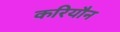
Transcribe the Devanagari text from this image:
करियौन